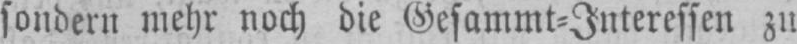
sondern mehr noch die Gesammt⸗Interessen zu